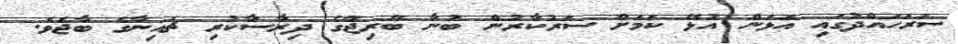
ސަރަހައްދުގައި އަޅަން އުޅޭ ކަމަށް ސަރުކާރުން ބުނާ ބްރިޖްގެ ދިރާސާކުރި ޗައިނާގެ ބާޖެވެ.